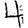
Digit: 4